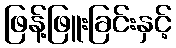
ဖြန့်ဖြူးခြင်းနှင့်